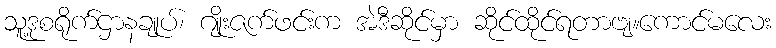
သူ့ဒုစရိုက်ဌာနချုပ်၊ ဂျိုးဇက်ဖင်းက အဲဒီဆိုင်မှာ ဆိုင်ထိုင်ရတာဗျ။ကောင်မလေး